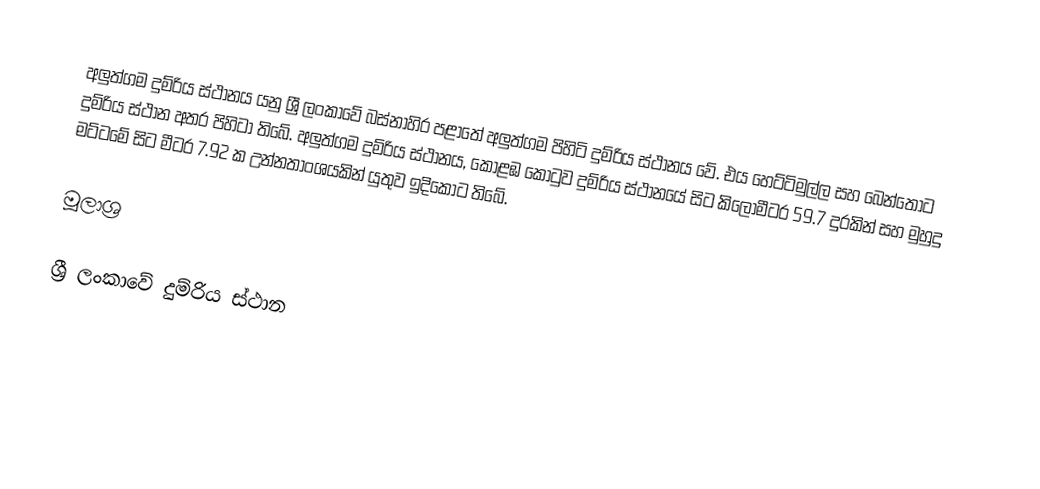
අලුත්ගම දුම්රිය ස්ථානය යනු ශ්‍රී ලංකාවේ බස්නාහිර පළාතේ අලුත්ගම පිහිටි දුම්රිය ස්ථානය වේ. එය හෙට්ටිමුල්ල සහ බෙන්තොට දුම්රිය ස්ථාන අතර පිහිටා තිබේ. අලුත්ගම දුම්රිය ස්ථානය, කොළඹ කොටුව දුම්රිය ස්ථානයේ සිට කිලෝමීටර 59.7 දුරකින් සහ මුහුදු මට්ටමේ සිට මීටර 7.92 ක උන්නතාංශයකින් යුතුව ඉදිකොට තිබේ.

මූලාශ්‍ර

ශ්‍රී ලංකාවේ දුම්රිය ස්ථාන